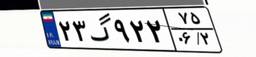
۲۲گ۱۶۹۹۳